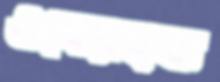
ওবেরহফ